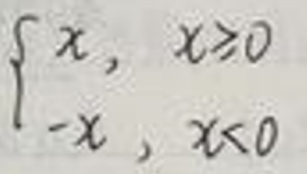
\[
\begin{cases}
x, & x\geq0 \\
-x, & x<0
\end{cases}
\]